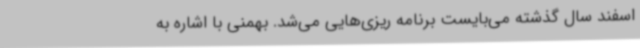
اسفند سال گذشته می‌بایست برنامه ریزی‌هایی می‌شد. بهمنی با اشاره به